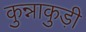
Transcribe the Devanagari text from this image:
कुन्नाकुड़ी